Document type: Emphyteutic lease
Year: 1283
Scribe: Pere Marquès
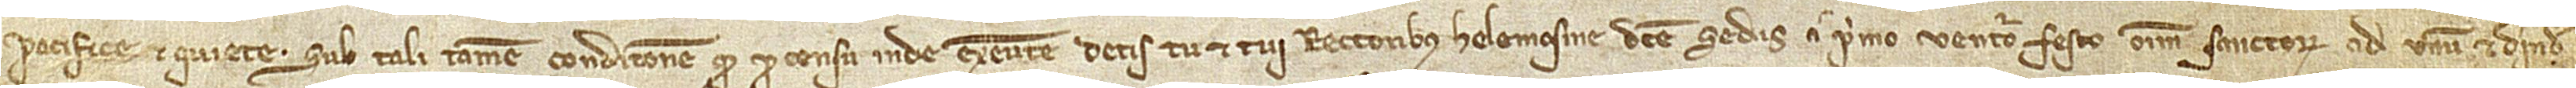
pacifice et quiete. Sub tali tamen condicione quod pro censu inde exeunte detis tu et tui rectoribus Helemosine dicte Sedis a primo venturo festo Omnium Sanctorum ad unum, et deinde